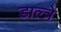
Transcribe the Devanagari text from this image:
डाल्त्रे